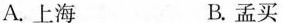
A.上海 B.孟买